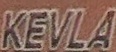
KEVLA